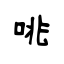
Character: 咷